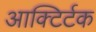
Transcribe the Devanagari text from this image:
आक्टिर्टक